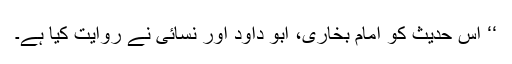
‘‘ اس حدیث کو امام بخاری، ابو داود اور نسائی نے روایت کیا ہے۔